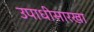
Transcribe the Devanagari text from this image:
उपाधीसारखा